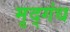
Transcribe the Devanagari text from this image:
मृद्‌गंध